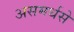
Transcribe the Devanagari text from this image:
असमर्थसे